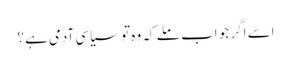
اسے اگر جو اب ملے کہ وہ تو سیاسی آدمی ہے؟